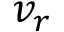
v _ { r }